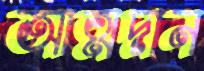
আত্মদান